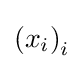
\left(x_{i}\right)_{i}